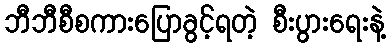
ဘီဘီစီစကားပြောခွင့်ရတဲ့ စီးပွားရေးနဲ့